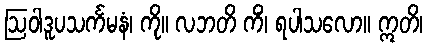
ဩဝါဒူပသင်္ကမနံ၊ ကို။ လဘတိ ကိံ၊ ရပါသလော။ ဣတိ၊